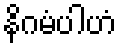
နိဂမံပါဟံ